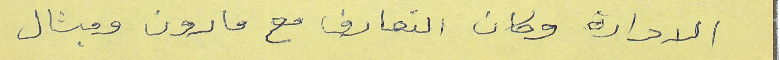
الادارة وكان التعارف مع مارون وميشال